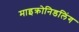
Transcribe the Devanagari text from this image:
माइक्रोनिडलिंग